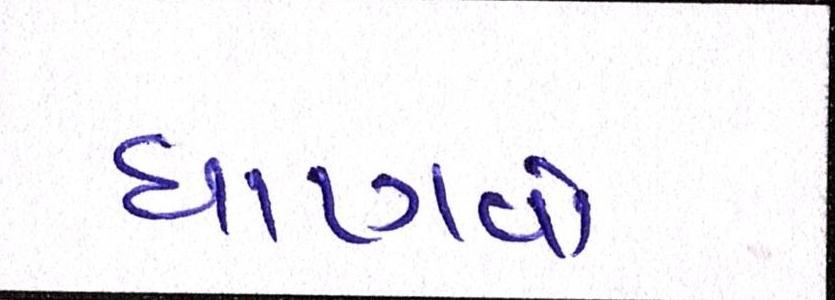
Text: ઘાણવો